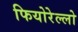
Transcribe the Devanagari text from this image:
फियोरेल्‍लो